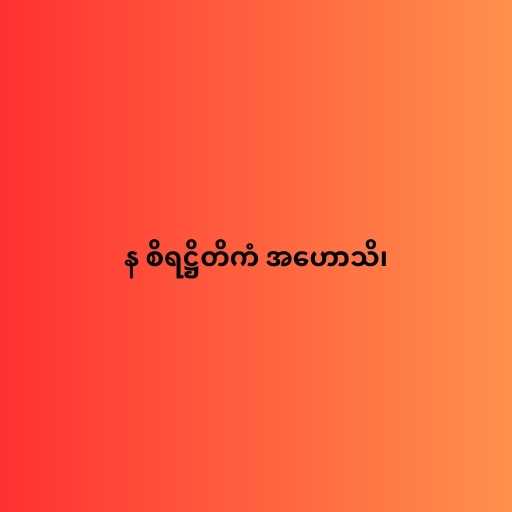
န စိရဋ္ဌိတိကံ အဟောသိ၊